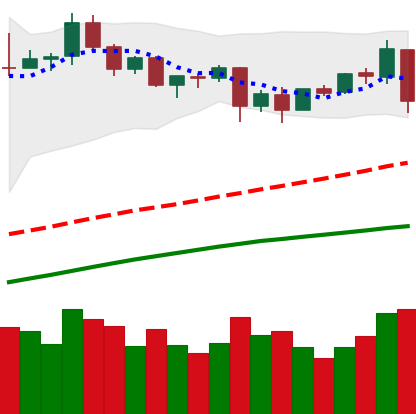
Ticker: BTC-USD
Chart end date: 2020-09-02
Forward return: -9.151%
Label: down_7plus